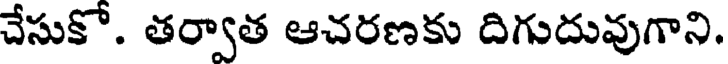
చేసుకో. తర్వాత ఆచరణకు దిగుదువుగాని.